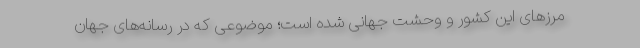
مرزهای این کشور و وحشت جهانی شده است؛ موضوعی که در رسانه‌های جهان